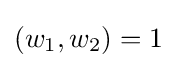
(w_{1},w_{2})=1